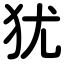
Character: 犹